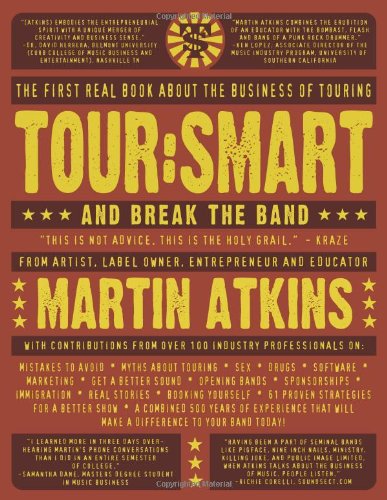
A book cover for Tour:Smart: And Break the Band; Martin Atkins; Arts & Photography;